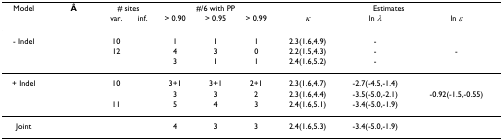
<table><thead><tr><td><b>Model</b></td><td><b>Â</b></td><td colspan="2"><b># sites</b></td><td colspan="3"><b>#/6 with PP</b></td><td colspan="3"><b>Estimates</b></td></tr><tr><td>[EMPTY_CELL]</td><td>[EMPTY_CELL]</td><td><b>var.</b></td><td><b>inf.</b></td><td><b>&gt; 0.90</b></td><td><b>&gt; 0.95</b></td><td><b>&gt; 0.99</b></td><td><b><i>κ</i></b></td><td><b>ln <i>λ</i></b></td><td><b>ln <i>ε</i></b></td></tr></thead><tbody><tr><td>- Indel</td><td>[EMPTY_CELL]</td><td>10</td><td>[EMPTY_CELL]</td><td>1</td><td>1</td><td>1</td><td>2.3(1.6,4.9)</td><td>-</td><td>[EMPTY_CELL]</td></tr><tr><td>[EMPTY_CELL]</td><td>[EMPTY_CELL]</td><td>12</td><td>[EMPTY_CELL]</td><td>4</td><td>3</td><td>0</td><td>2.2(1.5,4.3)</td><td>-</td><td>-</td></tr><tr><td>[EMPTY_CELL]</td><td>[EMPTY_CELL]</td><td>[EMPTY_CELL]</td><td>[EMPTY_CELL]</td><td>3</td><td>1</td><td>1</td><td>2.4(1.6,5.2)</td><td>-</td><td>[EMPTY_CELL]</td></tr><tr><td>+ Indel</td><td>[EMPTY_CELL]</td><td>10</td><td>[EMPTY_CELL]</td><td>3+1</td><td>3+1</td><td>2+1</td><td>2.3(1.6,4.7)</td><td>-2.7(-4.5,-1.4)</td><td>[EMPTY_CELL]</td></tr><tr><td>[EMPTY_CELL]</td><td>[EMPTY_CELL]</td><td>[EMPTY_CELL]</td><td>[EMPTY_CELL]</td><td>3</td><td>3</td><td>2</td><td>2.3(1.6,4.4)</td><td>-3.5(-5.0,-2.1)</td><td>-0.92(-1.5,-0.55)</td></tr><tr><td>[EMPTY_CELL]</td><td>[EMPTY_CELL]</td><td>11</td><td>[EMPTY_CELL]</td><td>5</td><td>4</td><td>3</td><td>2.4(1.6,5.1)</td><td>-3.4(-5.0,-1.9)</td><td>[EMPTY_CELL]</td></tr><tr><td>Joint</td><td>[EMPTY_CELL]</td><td>[EMPTY_CELL]</td><td>[EMPTY_CELL]</td><td>4</td><td>3</td><td>3</td><td>2.4(1.6,5.3)</td><td>-3.4(-5.0,-1.9)</td><td>[EMPTY_CELL]</td></tr></tbody></table>